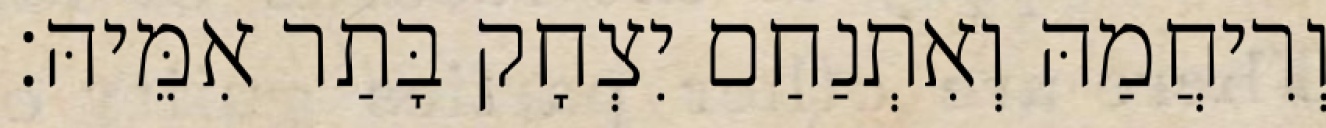
וְרִיחֲמַהּ וְאִתְנַחַם יִצְחָק בָּתַר אִמֵּיהּ׃